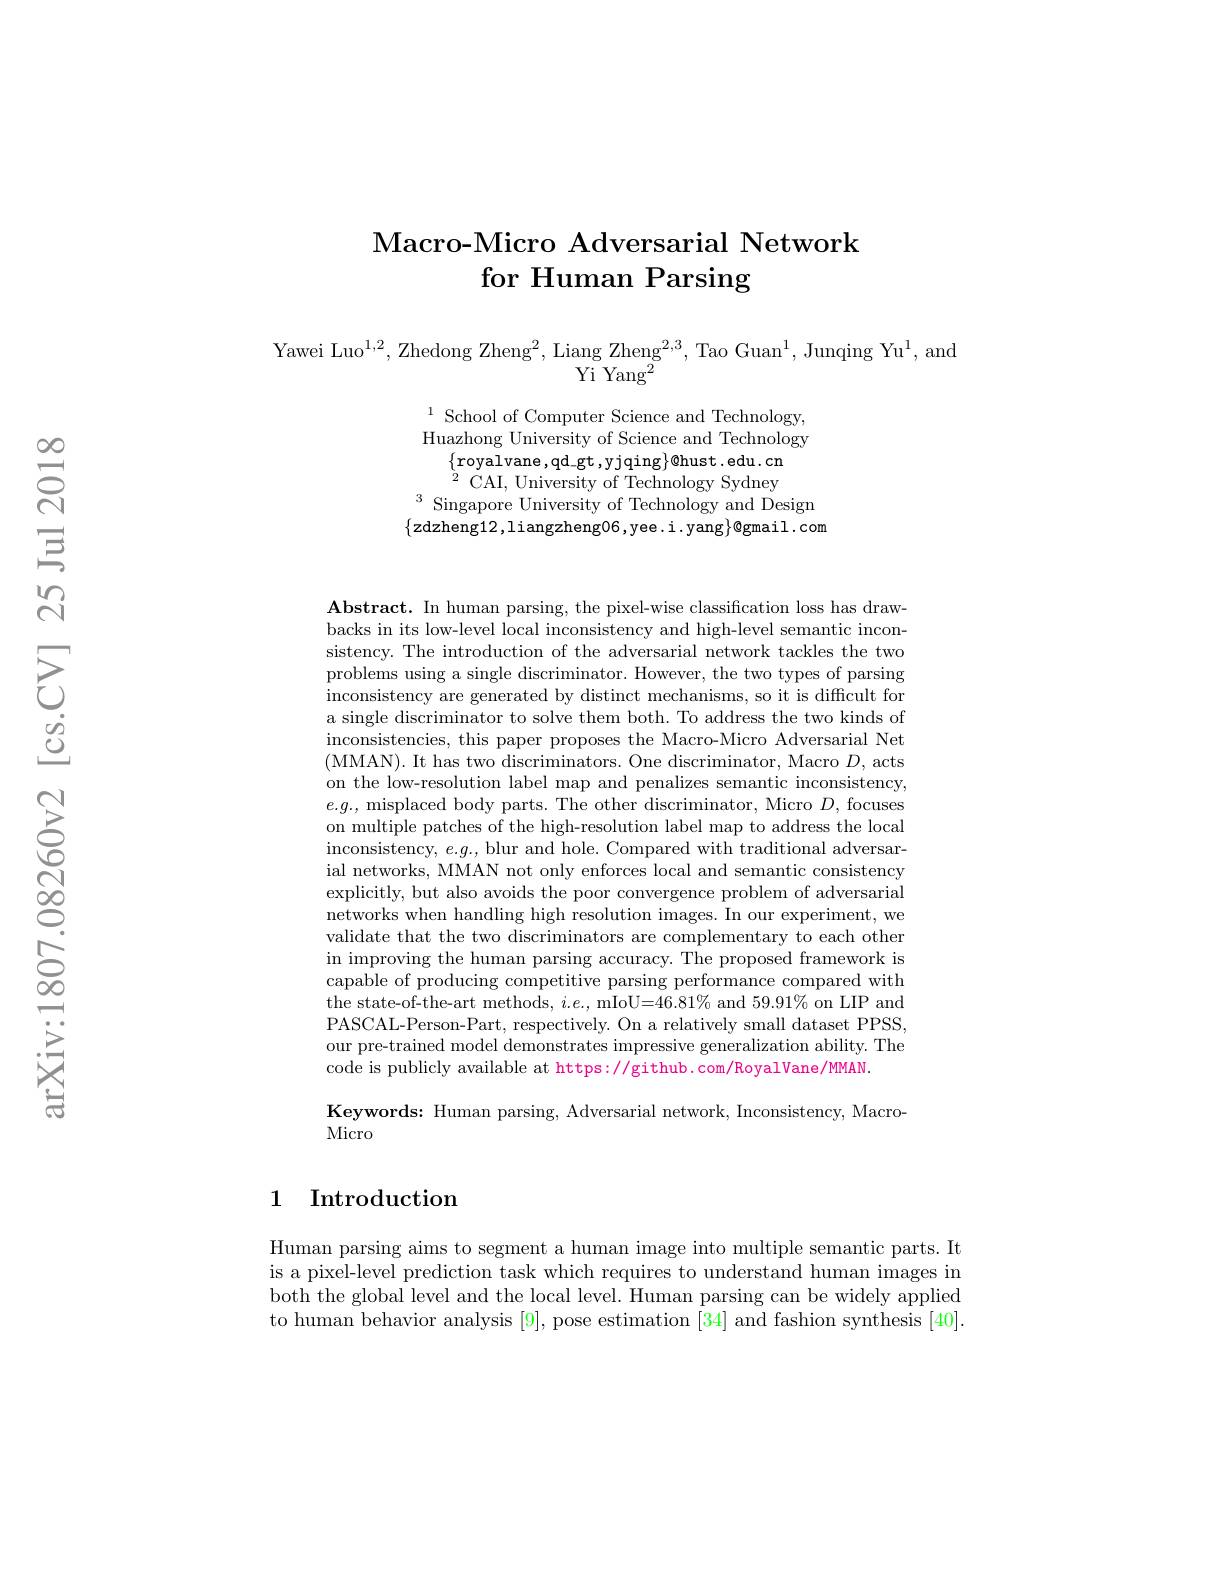
### Macro- Micro Adversarial Network for Human Parsing

Yawei Luo$^1,2$,Zhedong Zheng$^2$, Liang Zheng$^2,3$, Tao Guan$^1$, Junqing Yu$^1$,and
${\bar{\mathrm{Yi~Yang}^{2}}}$

$^{1}$ School of Computer Science and Technology, Huazhong University of Science and Technology
$\{$royalvane,qd$\_$gt,yjqing$\}$@hust.edu.cn
$^{3}{\mathrm{~Singapore~University~of~Technology~and~Design}}$ $\{$zdzheng12,liangzheng06,yee.i.yang$\}$@gmail.com

$\textbf{Abstract. In human parsing, the pixel- wise classification loss has draw- }$ backs in its low-level local inconsistency and high-level semantic inconsistency. The introduction of the adversarial network tackles the two problems using a single discriminator. However, the two types of parsing inconsistency are generated by distinct mechanisms, so it is difficult for a single discriminator to solve them both. To address the two kinds of inconsistencies, this paper proposes the Macro-Micro Adversarial Net (MMAN). It has two discriminators. One discriminator, Macro $D$,acts on the low-resolution label map and penalizes semantic inconsistency. $e.g.$, misplaced body parts. The other discriminator, Micro $D$, focuses on multiple patches of the high-resolution label map to address the local inconsistency, $e.g.$, blur and hole. Compared with traditional adversarial networks, MMAN not only enforces local and semantic consistency explicitly, but also avoids the poor convergence problem of adversarial networks when handling high resolution images. In our experiment, we validate that the two discriminators are complementary to each other in improving the human parsing accuracy. The proposed framework is capable of producing competitive parsing performance compared with the state-of-the-art methods, $i.e.$, mIoU=46.81% and 59.91% on LIP and PASCAL-Person-Part, respectively. On a relatively small dataset PPSS, our pre-trained model demonstrates impressive generalization ability. The code is publicly available at https://github.com/RoyalVane/MMAN
Keywords: Human parsing, Adversarial network, Inconsistency, Macro-
Micro

### 1 Introduction

Human parsing aims to segment a human image into multiple semantic parts. It is a pixel-level prediction task which requires to understand human images in both the global level and the local level. Human parsing can be widely applied to human behavior analysis [9], pose estimation [34] and fashion synthesis [40].